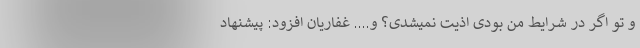
و تو اگر در شرایط من بودی اذیت نمیشدی؟ و.... غفاریان افزود: پیشنهاد